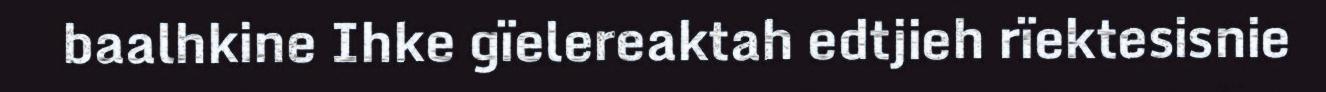
baalhkine Ihke gïelereaktah edtjieh rïektesisnie